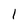
Character: 1